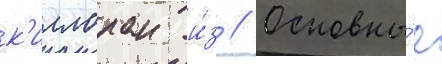
к'иллоран и́з // Основны́е